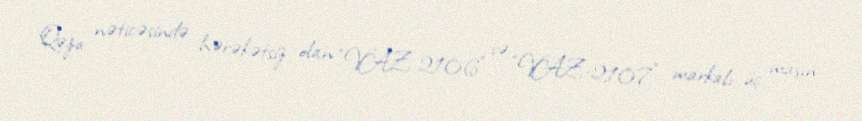
Qəza nəticəsində hərəkətsiz olan “VAZ-2106” və “VAZ-2107” markalı üç maşın